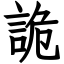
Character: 詭